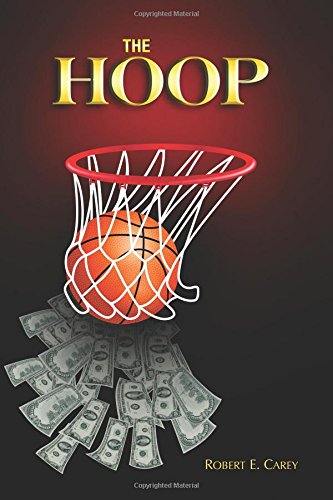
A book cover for The Hoop; Robert E Carey; Literature & Fiction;